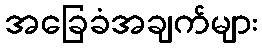
အခြေခံအချက်များ